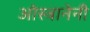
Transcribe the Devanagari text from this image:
ओस्त्रानेनी